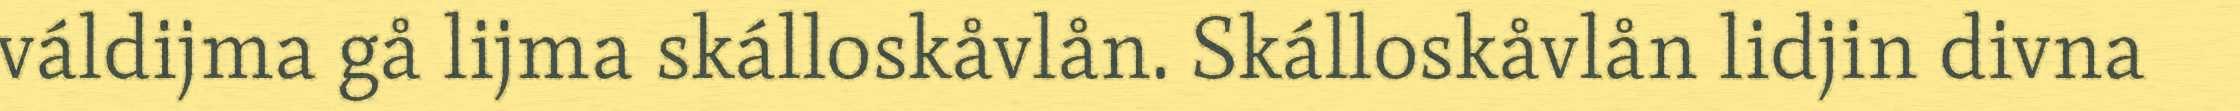
váldijma gå lijma skálloskåvlån. Skálloskåvlån lidjin divna